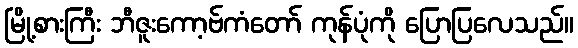
မြို့စားကြီး ဘီဇူးကော့ဗ်ကံတော် ကုန်ပုံကို ပြောပြလေသည်။